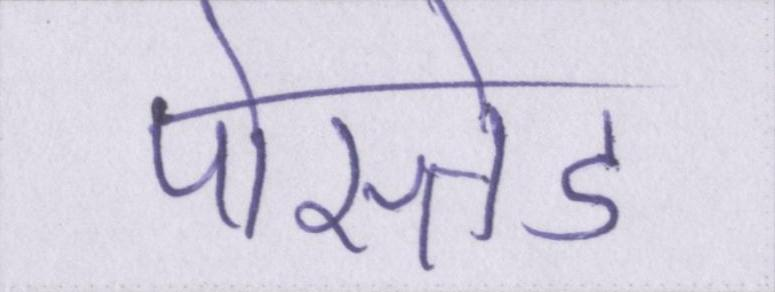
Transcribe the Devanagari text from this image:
पोस्तेड